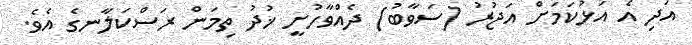
އަދި އެ އަޅުކަމަށް އަޖުރު (ސަވާބު) ދެއްވާހުށީ ޚުދު ތިމަން ރަސްކަލާނގެ އެވެ.